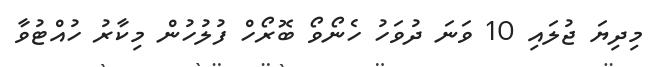
މިދިޔަ ޖުލައި 10 ވަނަ ދުވަހު ހެނޯވޯ ބޮރޯހް ފުލުހުން މިކާރު ހުއްޓުވާ